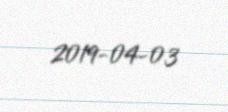
2019-04-03